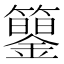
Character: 𥷍